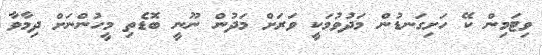
ވިޓަމިން ކޭ ހަށިގަނޑުން މަދުވުމަކީ ވަރަށް މަދުން ނޫނީ ބޮޑެތި މީހުންނަށް ދިމާވާ